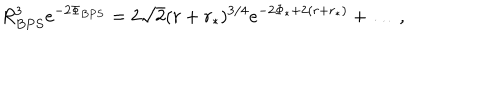
R _ { B P S } ^ { 3 } e ^ { - 2 \Phi _ { B P S } } = 2 \sqrt { 2 } ( r + r _ { * } ) ^ { 3 / 4 } e ^ { - 2 \Phi _ { * } + 2 ( r + r _ { * } ) } + \ldots \, ,